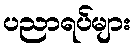
ပညာရပ်များ